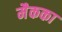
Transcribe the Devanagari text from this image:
मैकका